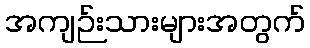
အကျဉ်းသားများအတွက်